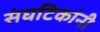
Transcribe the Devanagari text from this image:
संघटिकांनी